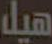
هيل